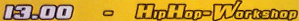
13.00 - HipHop-Workshop